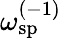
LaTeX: \omega_{\mathrm{sp}}^{(-1)}